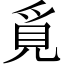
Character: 覓